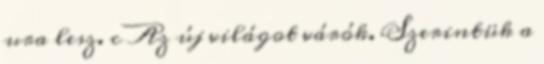
ura lesz. c Az új világot várók. Szerintük a